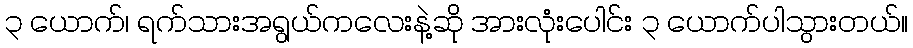
၃ ယောက်၊ ရက်သားအရွယ်ကလေးနဲ့ဆို အားလုံးပေါင်း ၃ ယောက်ပါသွားတယ်။